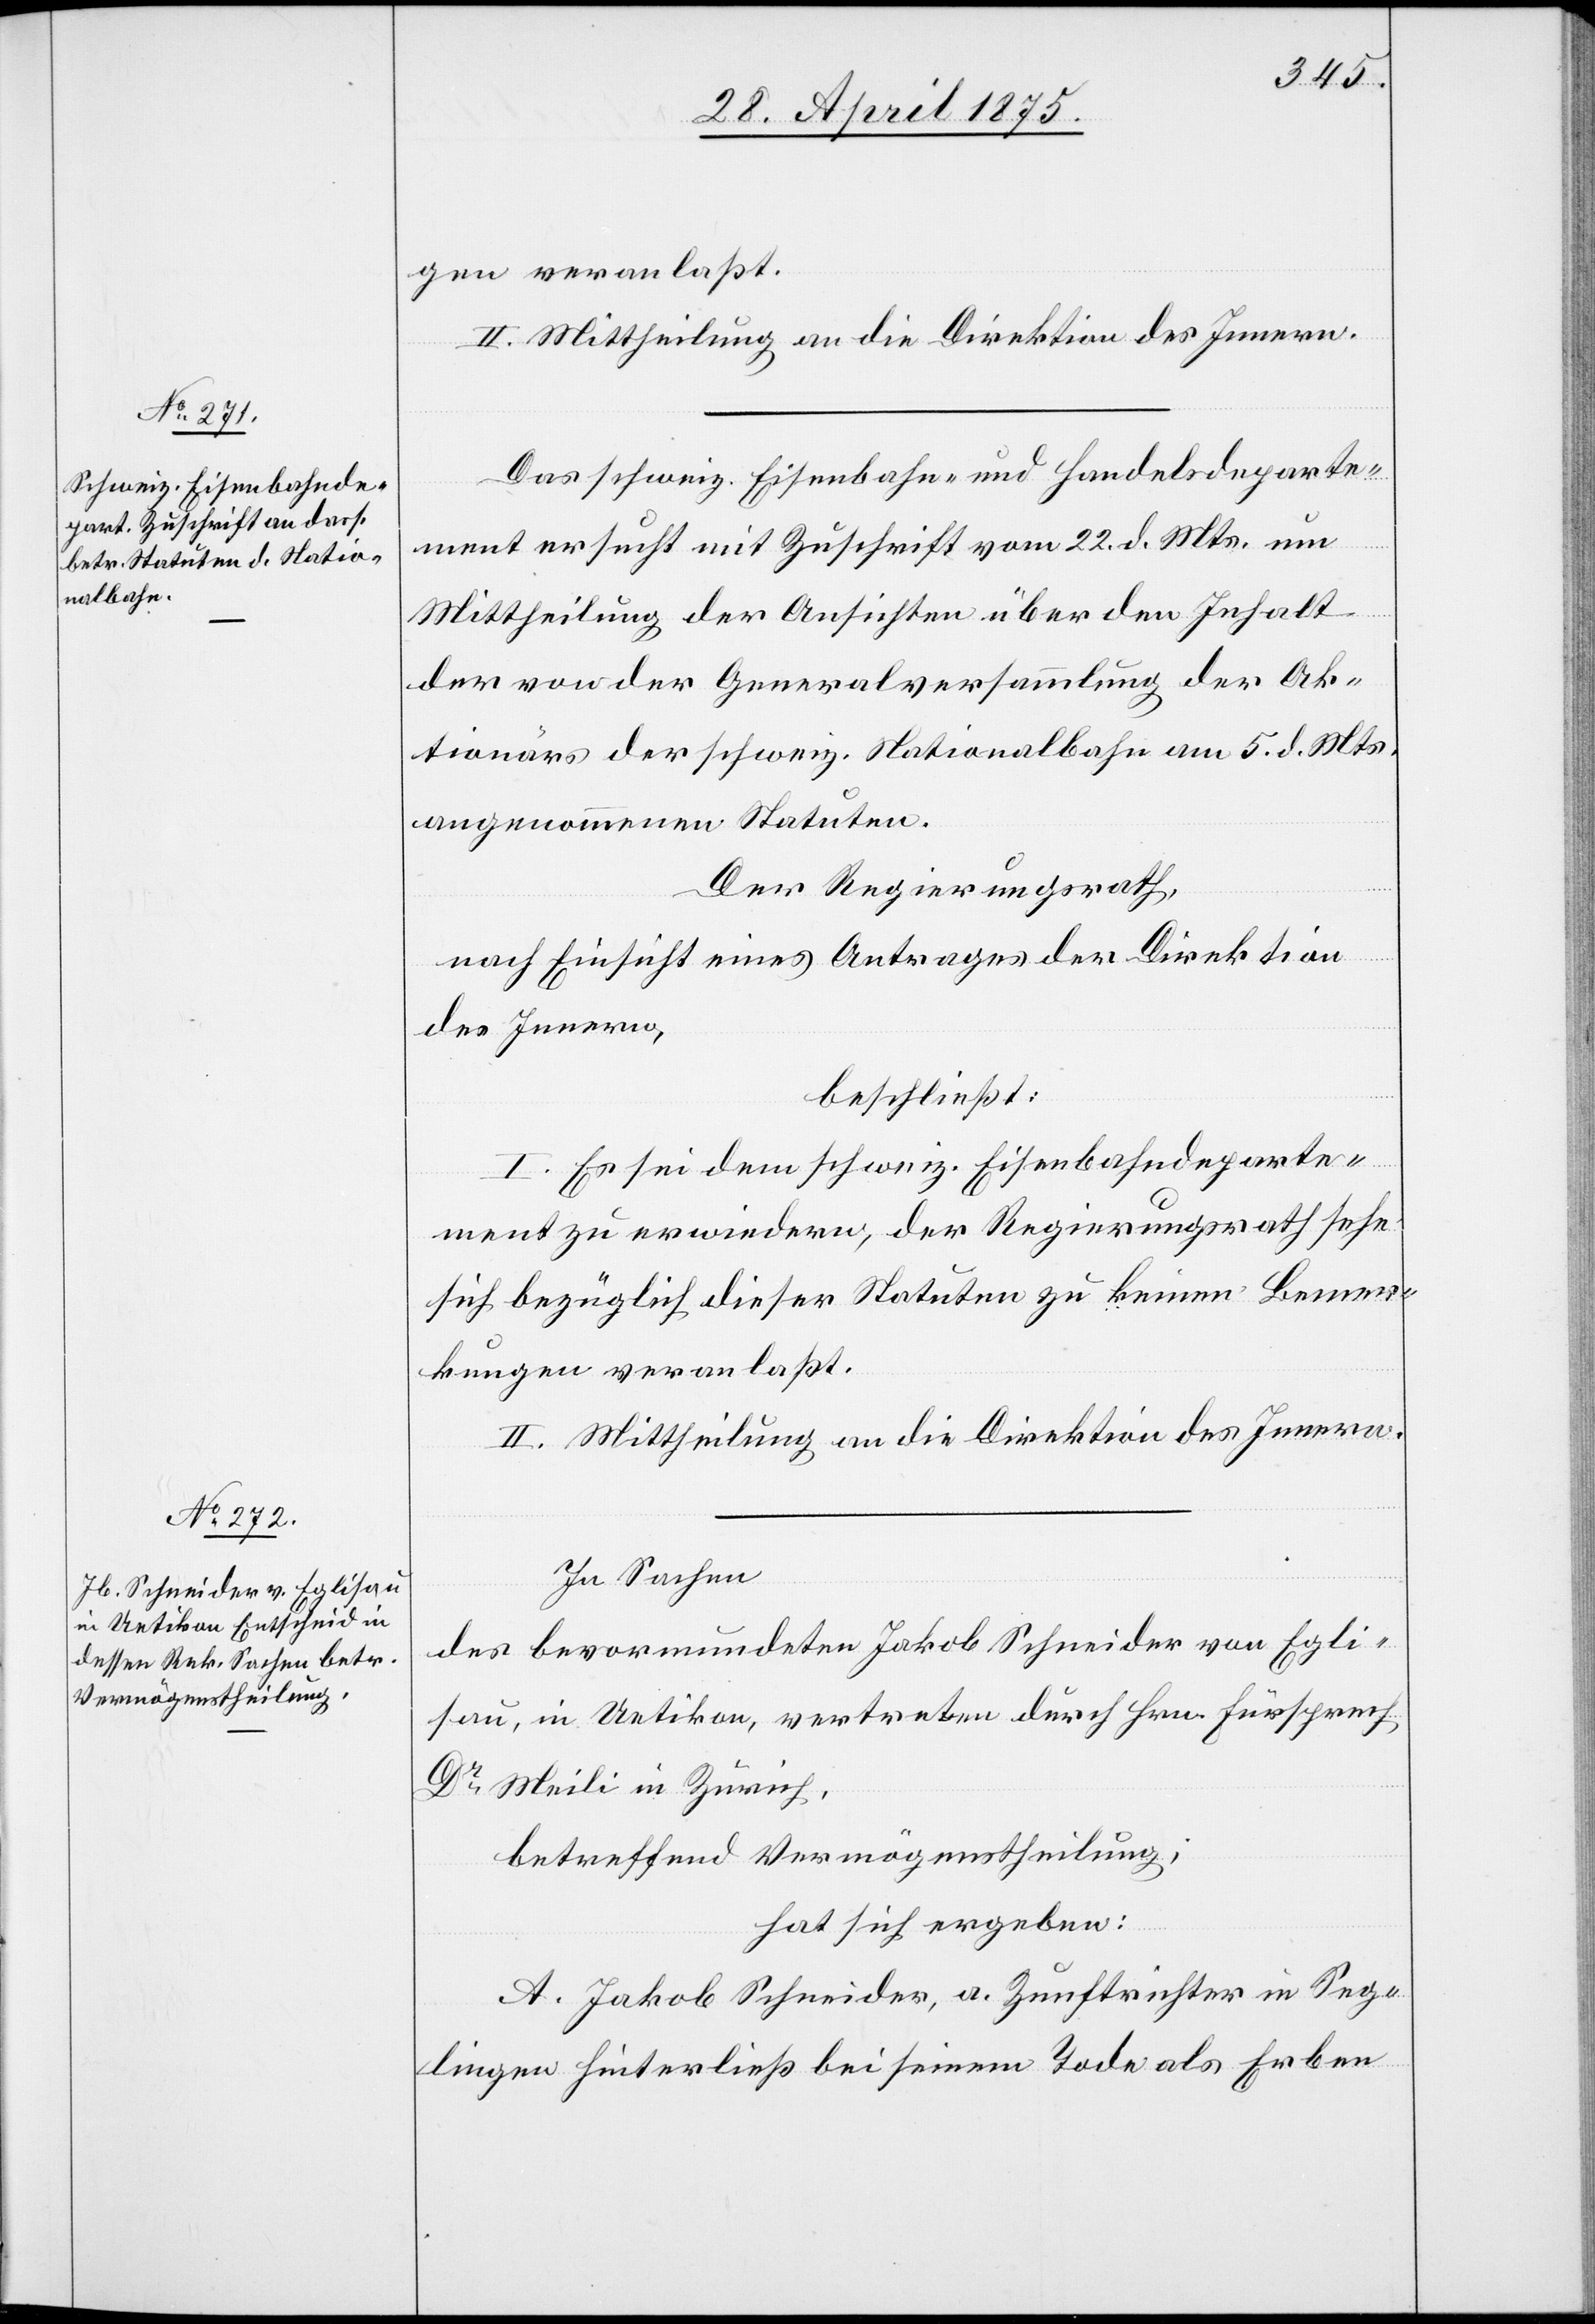
gen veranlaßt.
II. Mittheilung an die Direktion des Innern.
Das schweiz. Eisenbahn- und Handelsdeparte¬
ment ersucht mit Zuschrift vom 22. d. Mts. um
Mittheilung der Ansichten über den Inhalt
der von der Generalversammlung der Ak¬
tionäre der schweiz. Nationalbahn am 5. d. Mts.
angenommenen Statuten.
Der Regierungsrath,
nach Einsicht eines Antrages der Direktion
des Innern,
beschließt:
I. Es sei dem schweiz. Eisenbahndeparte¬
ment zu erwiedern, der Regierungsrath sehe
sich bezüglich dieser Statuten zu keinen Bemer¬
kungen veranlaßt.
II. Mittheilung an die Direktion des Innern.
In Sachen
des bevormundeten Jakob Schneider von Egli¬
sau, in Uetikon, vertreten durch Hrn. Fürsprech
Dr. Meili in Zürich,
betreffend Vermögenstheilung;
hat sich ergeben:
A. Jakob Schneider, a. Zunftrichter in Seg¬
lingen hinterließ bei seinem Tode als Erben